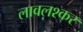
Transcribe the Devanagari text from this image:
लावलश्कर